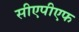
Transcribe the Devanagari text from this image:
सीएपीएफ